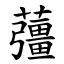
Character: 䕬